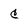
Character: c